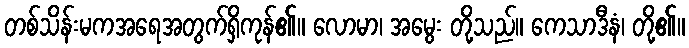
တစ်သိန်းမကအရေအတွက်ရှိကုန်၏။ လောမာ၊ အမွေး တို့သည်။ ကေသာဒီနံ၊ တို့၏။